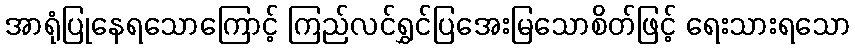
အာရုံပြုနေရသောကြောင့် ကြည်လင်ရွှင်ပြအေးမြသောစိတ်ဖြင့် ရေးသားရသော